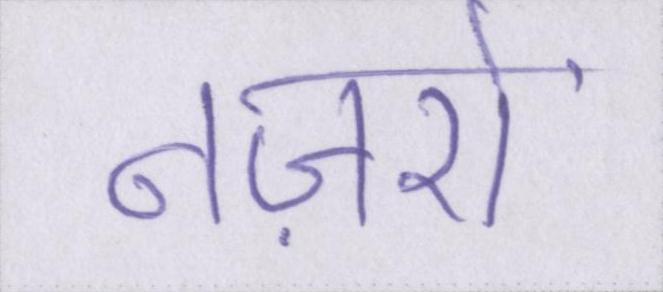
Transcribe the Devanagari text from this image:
नज़रों